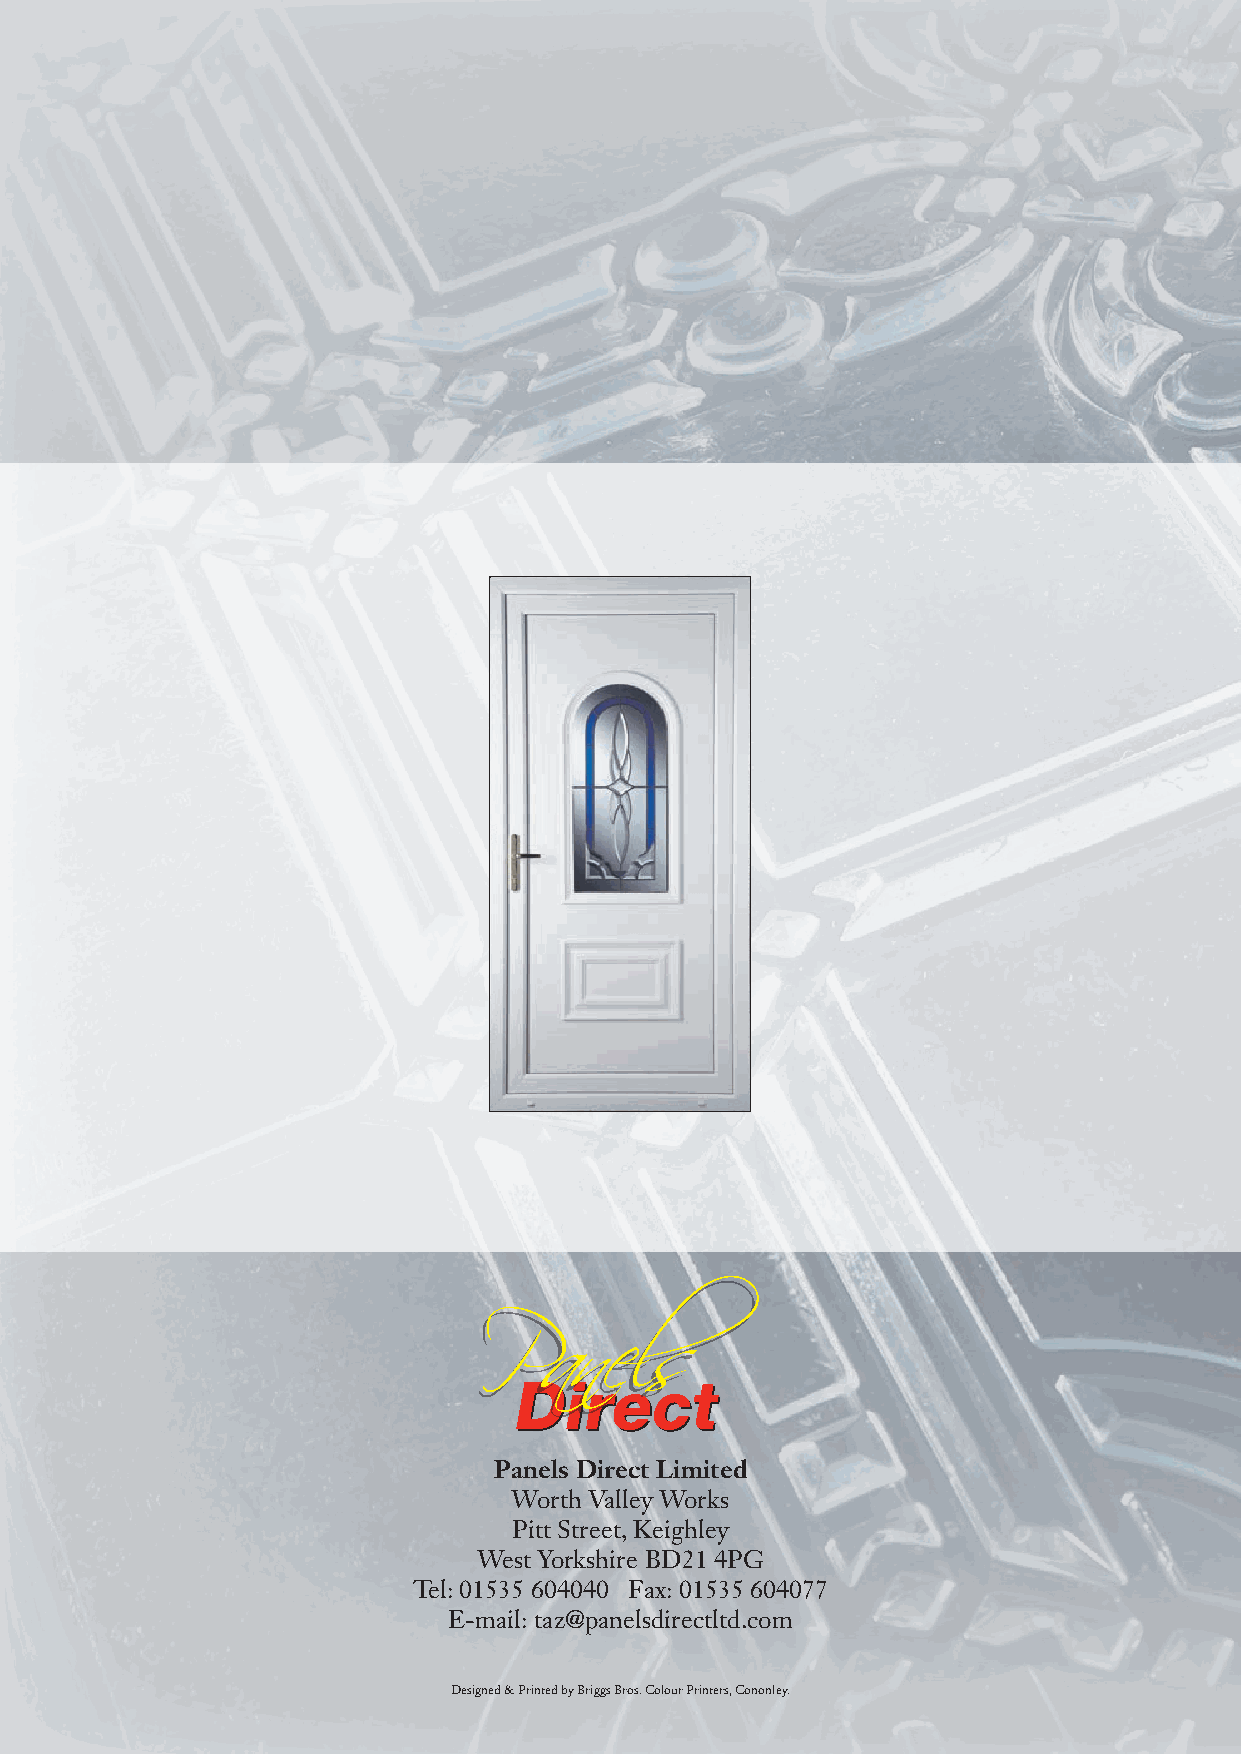
PPDD aanniirr eeee llsscctt
 Panels Direct Limited
 Worth Valley Works
 Pitt Street, Keighley
 West Yorkshire BD21 4PG
 Tel: 01535 604040 Fax: 01535 604077
 E-mail: taz@panelsdirectltd.com
 Designed & Printed by Briggs Bros. Colour Printers, Cononley.